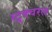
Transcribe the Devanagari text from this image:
स्ट्र्क्चरल